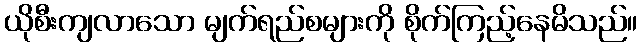
ယိုစီးကျလာသော မျက်ရည်စများကို စိုက်ကြည့်နေမိသည်။